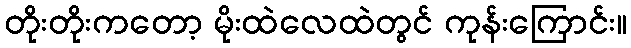
တိုးတိုးကတော့ မိုးထဲလေထဲတွင် ကုန်းကြောင်း။